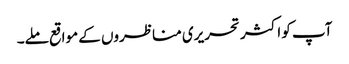
آپ کو اکثر تحریری مناظروں کے مواقع ملے۔